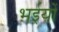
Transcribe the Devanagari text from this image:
भईयों